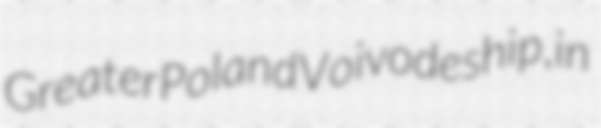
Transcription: Greater Poland Voivodeship, in